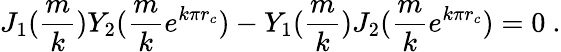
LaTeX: J_{1}(\frac{m}{k})Y_{2}(\frac{m}{k}e^{k\pi r_{c}})-Y_{1}(\frac{m}{k})J_{2}(\frac{m}{k}e^{k\pi r_{c}})=0\ .